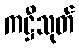
ကဋ္ဌီသုတ်